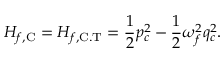
H _ { f , \mathrm { C } } = H _ { f , \mathrm { C . T } } = \frac { 1 } { 2 } p _ { c } ^ { 2 } - \frac { 1 } { 2 } \omega _ { f } ^ { 2 } q _ { c } ^ { 2 } .